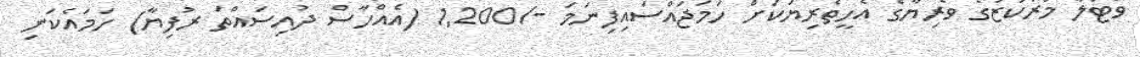
ވޯޓުލާ މަރުކަޒުގެ ވެރިޔާގެ އެހީތެރިޔަކަށް ހަމަޖައްސައިފިނަމަ -/1